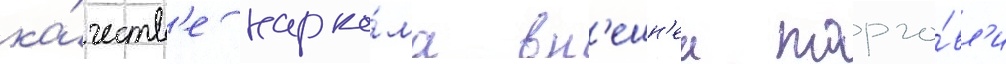
ка́честв'е нарко́ма вн'ешн'еи торго́вл'и